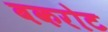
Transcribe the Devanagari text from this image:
बकरोट